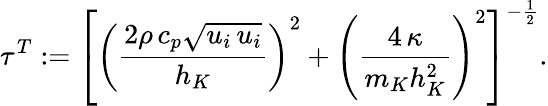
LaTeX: \tau^{T}:=\left[\left(\frac{2\rho\, c_{p}\sqrt{u_{i}\, u_{i}}}{h_{K}}\right)^{2}+\left(\frac{4\, \kappa}{m_{K}h_{K}^{2}}\right)^{2}\right]^{-\frac{1}{2}}.